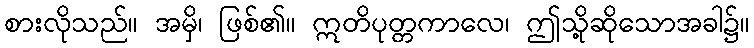
စားလိုသည်။ အမှိ၊ ဖြစ်၏။ ဣတိပုတ္တကာလေ၊ ဤသို့ဆိုသောအခါ၌။